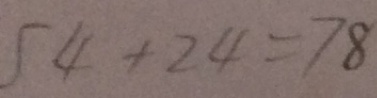
5 4 + 2 4 = 7 8